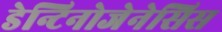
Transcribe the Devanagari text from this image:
डेन्टिनोजेनेसिस